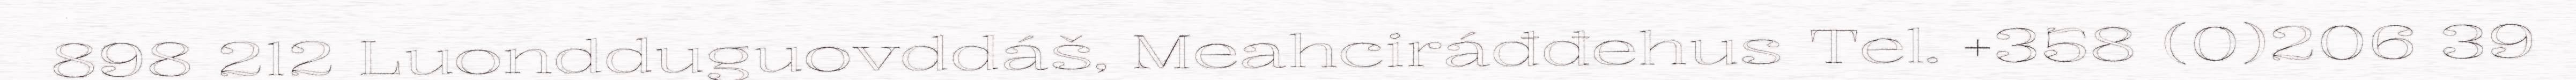
898 212 Luondduguovddáš, Meahciráđđehus Tel. +358 (0)206 39